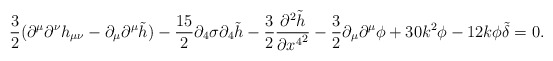
\begin{align*}\frac{3}{2}(\partial^\mu \partial^\nu h_{\mu\nu} - \partial_\mu\partial^\mu \tilde h ) - \frac{15}{2}\partial_4 \sigma \partial_4 \tilde h- \frac{3}{2}\frac{\partial^2 \tilde h}{\partial {x^4}^2} -\frac{3}{2}\partial_\mu \partial^\mu \phi + 30 k^2 \phi -12 k \phi \tilde \delta =0.\end{align*}